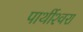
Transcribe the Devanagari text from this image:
पार्थीश्‍वरा